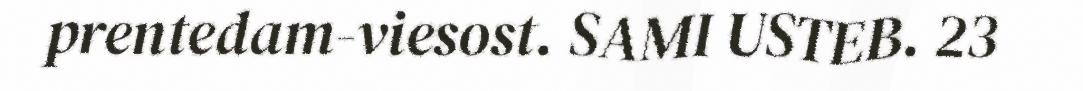
prentedam-viesost. SAMI USTEB. 23